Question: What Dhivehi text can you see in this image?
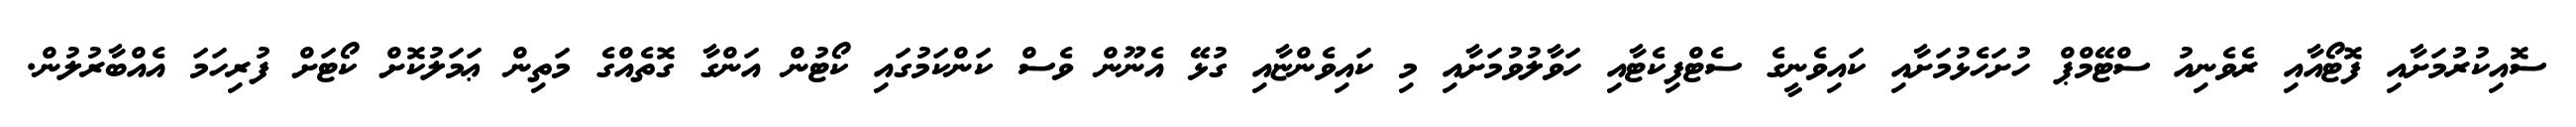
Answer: ސޮއިކުރުމަށާއި ފޮޓޯއާއި ރެވެނިއު ސްޓޭމްޕް ހުށަހެޅުމަށާއި ކައިވެނީގެ ސެޓްފިކެޓާއި ހަވާލުވުމަށާއި މި ކައިވެންޏާއި ގުޅޭ އެނޫން ވެސް ކަންކަމުގައި ކޯޓުން އަންގާ ގޮތެއްގެ މަތިން ޢަމަލުކޮށް ކޯޓަށް ފުރިހަމަ އެއްބާރުލުން.